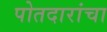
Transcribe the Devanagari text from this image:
पोतदारांचा